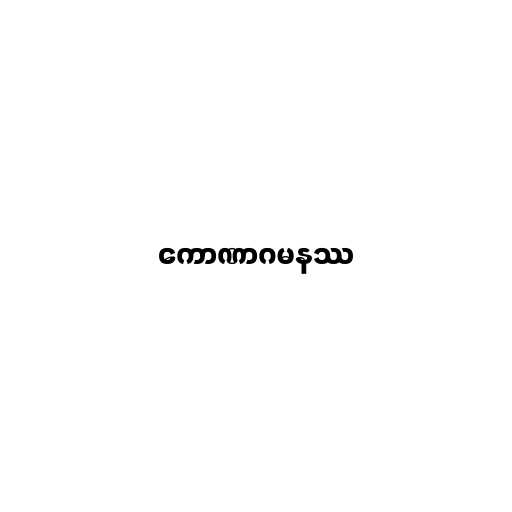
ကောဏာဂမနဿ